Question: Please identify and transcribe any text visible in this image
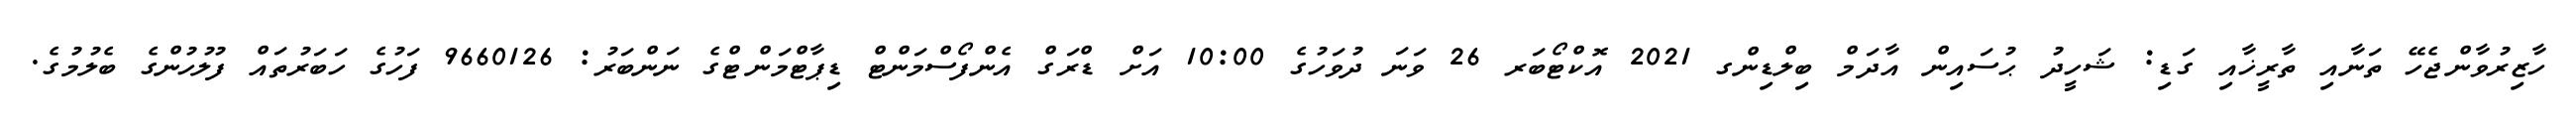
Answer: ހާޒިރުވާންޖެހޭ ތަނާއި ތާރީޚާއި ގަޑި: ޝަހީދު ޙުސައިން އާދަމް ބިލްޑިންގ 2021 އޮކްޓޯބަރ 26 ވަނަ ދުވަހުގެ 10:00 އަށް ޑްރަގް އެންފޯސްމަންޓް ޑިޕާޓްމަންޓްގެ ނަންބަރު: 9660126 ފަހުގެ ހަބަރުތައް ފުލުހުންގެ ބެލުމުގެ.